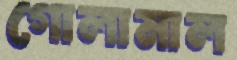
গোলামাল